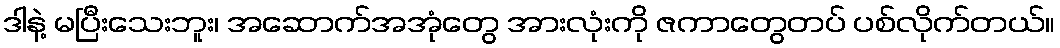
ဒါနဲ့ မပြီးသေးဘူး၊ အဆောက်အအုံတွေ အားလုံးကို ဇကာတွေတပ် ပစ်လိုက်တယ်။